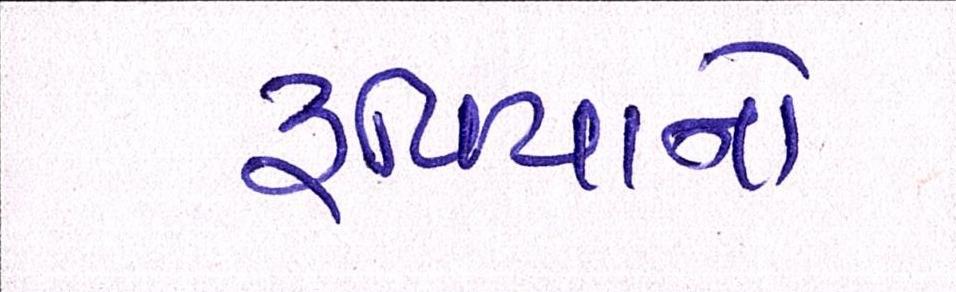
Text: રૃપિયાનો